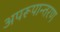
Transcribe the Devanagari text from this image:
अपरूपान्तरण